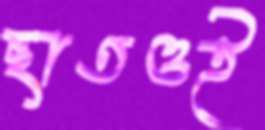
ছাতওই